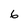
Character: 6